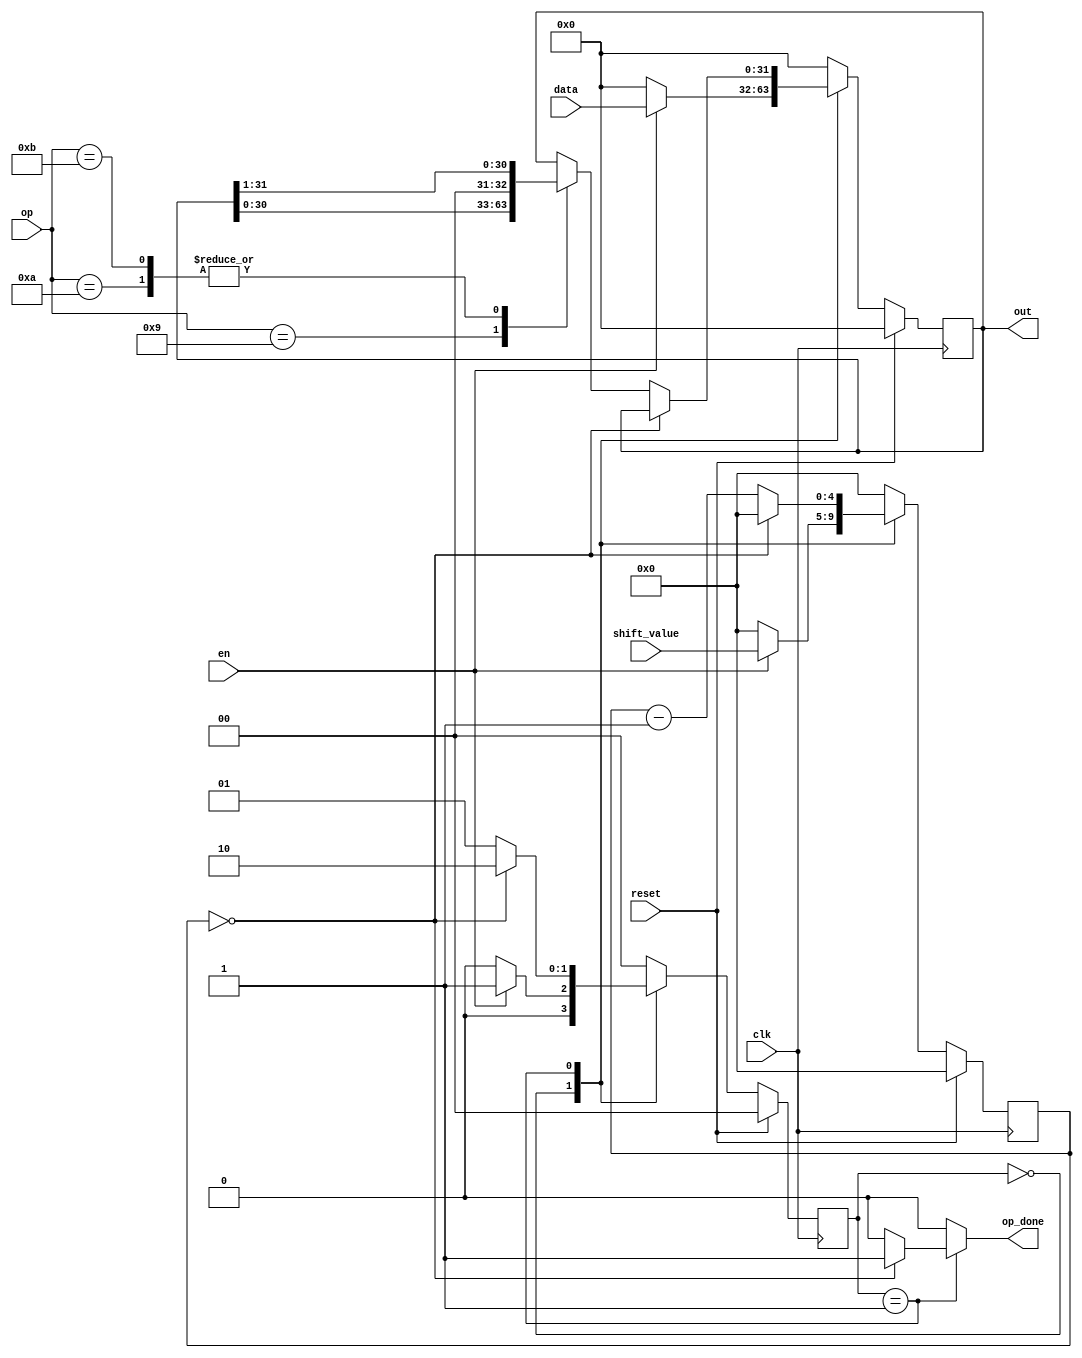
  
  
  
 module sq_shift#(parameter op_sz=32)
                 (input clk ,
                  input en,
                  input[3:0] op,
                  input reset ,
                  input [op_sz-1:0] data,
                  input [$clog2(op_sz)-1:0] shift_value ,
                  output reg [op_sz-1:0] out ,
                  output reg op_done                     
                 
                 );
                 
        localparam  fitch =0 ,shift =1 , stop =2 , mult=3;//gray code
                 
         localparam lift =9 , right =10 ,arth =11;
         
         reg [$clog2(op_sz)-1:0] shift_count,count_next  ;
         reg [op_sz-1:0] out_next ;
         reg [1:0] state, next_state ;

         
        always@(posedge clk) begin
        if(reset)
        begin
         shift_count <=0;
         out <= 0;  
         state <= fitch; 
      
        end
        else begin
        out <= out_next ;
        state <= next_state ;
         shift_count <=count_next;
        end
          end    

always@(*)
begin
op_done = 0;
out_next =0;
next_state = fitch ;
 count_next = 0;
case(state) 
fitch: begin 
      if(en) begin
      next_state = shift ; 
      out_next= data ;
      count_next = shift_value; end
      else begin
     op_done = 0;
     count_next = 0;
     next_state = fitch ;
      end
      end
shift:
    begin
     if (shift_count==0) begin
         next_state = stop; 
         out_next = out;
         op_done =1;
     end
      else begin
        case(op)
               lift:  out_next = out <<1;
               right: out_next = out >>1;
               arth: out_next = out >>>1; 
               default: out_next= out;
                                     
            endcase   
           count_next = shift_count -1 ;
            next_state = shift ; 
    
      end 
      end
    stop: begin
        op_done =0;
        out_next = 0;
        next_state = fitch ;
        count_next = 0;
    
    end
    
 

endcase
end







endmodule